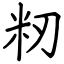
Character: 籾